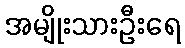
အမျိုးသားဦးရေ